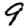
Digit: 9